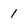
Character: 1